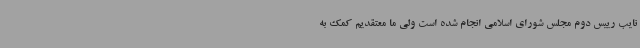
نایب رییس دوم مجلس شورای اسلامی انجام شده است ولی ما معتقدیم کمک به